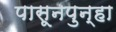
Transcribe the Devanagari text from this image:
पासूनपुन्हा